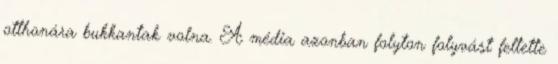
otthonára bukkantak volna. A média azonban folyton folyvást feltette